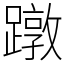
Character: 蹾